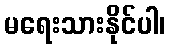
မရေးသားနိုင်ပါ၊